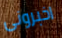
اخبرونى